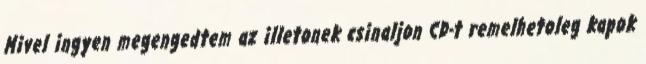
Mivel ingyen megengedtem az illetonek csinaljon CD-t remelhetoleg kapok